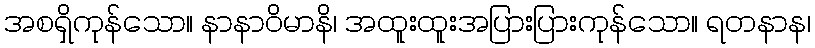
အစရှိကုန်သော။ နာနာဝိမာနိ၊ အထူးထူးအပြားပြားကုန်သော။ ရတနာန၊